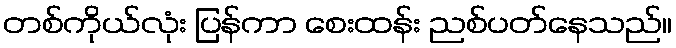
တစ်ကိုယ်လုံး ပြန်ကာ စေးထန်း ညစ်ပတ်နေသည်။